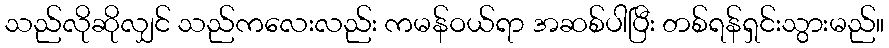
သည်လိုဆိုလျှင် သည်ကလေးလည်း ကမန်ဝယ်ရာ အဆစ်ပါပြီး တစ်ရန်ရှင်းသွားမည်။